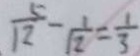
\frac { 5 } { 1 2 } - \frac { 1 } { 1 2 } = \frac { 1 } { 3 }